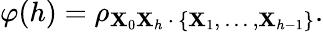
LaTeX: \varphi(h)=\rho_{\mathbf{X}_{0}\mathbf{X}_{h}\, \cdot\, \{ \mathbf{X}_{1},\, \dots\, ,\mathbf{X}_{h-1}\} }.